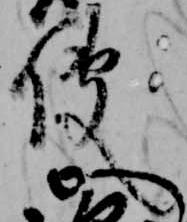
使